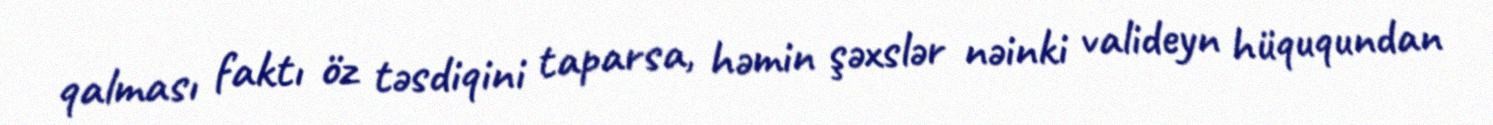
qalması faktı öz təsdiqini taparsa, həmin şəxslər nəinki valideyn hüququndan